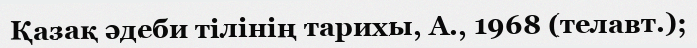
Қазақ әдеби тілінің тарихы, А., 1968 (телавт.);